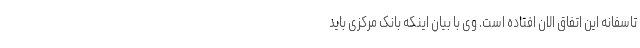
تاسفانه این اتفاق الان افتاده است. وی با بیان اینکه بانک مرکزی باید